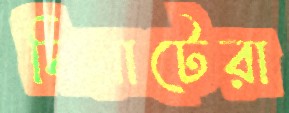
বিরাটেরা